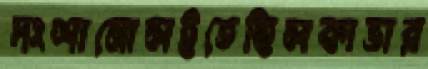
দংশানোলইতেছিলকাভার